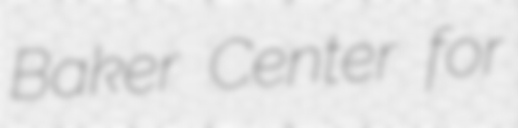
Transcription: Baker Center for